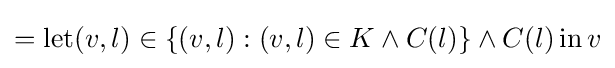
=\operatorname {let} (v,l)\in \{(v,l):(v,l)\in K\land C(l)\}\land C(l)\operatorname {in} v